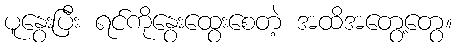
ပူနွေးပြီး ရင်ကိုနွေးထွေးစေတဲ့ အထိအတွေ့တွေ။